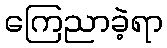
ကြေညာခဲ့ရာ